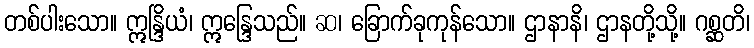
တစ်ပါးသော။ ဣန္ဒြိယံ၊ ဣန္ဒြေသည်။ ဆ၊ ခြောက်ခုကုန်သော။ ဌာနာနိ၊ ဌာနတို့သို့။ ဂစ္ဆတိ၊